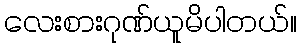
လေးစားဂုဏ်ယူမိပါတယ်။